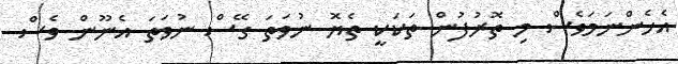
އެހެންނަމަވެސް މި ތޮރުފުން ތަކަކީ ތެޔޮ ނުވަތަ ގޭސް ނުވަތަ އެނޫން ވެސް